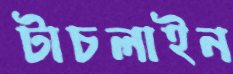
টাচলাইন